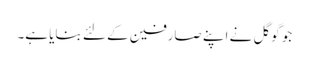
جو گوگل نے اپنے صارفین کے لئے بنایا ہے۔